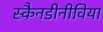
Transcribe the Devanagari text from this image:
स्कैनडीनीविया